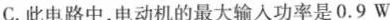
C.此电路中，电动机的最大输入功率是0.9W